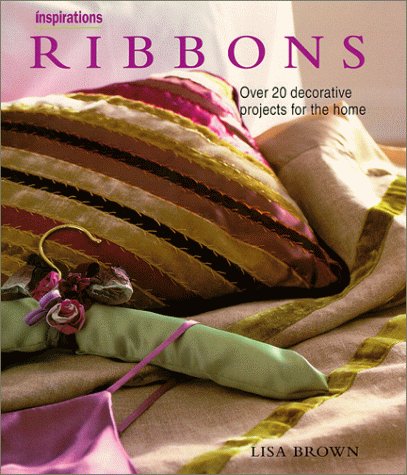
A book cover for Ribbons: Over 20 Decorative Projects for the Home (Inspirations Series); Lisa Brown; Crafts, Hobbies & Home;